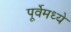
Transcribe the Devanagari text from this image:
पूर्वेमध्ये